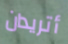
أتريدان